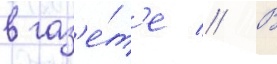
в газ'е́т'е // В